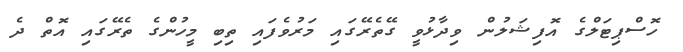
ހޮސްޕިޓަލްގެ އޮފިޝަލުން ވިދާޅުވީ ގޭތެރޭގައި މަރުވެފައި ތިބި މީހުންގެ ތެރޭގައި އޮތް ދެ